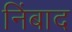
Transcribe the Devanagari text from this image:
निंबाद